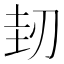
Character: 𠜤